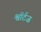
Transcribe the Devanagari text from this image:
श्वॉर्टज़